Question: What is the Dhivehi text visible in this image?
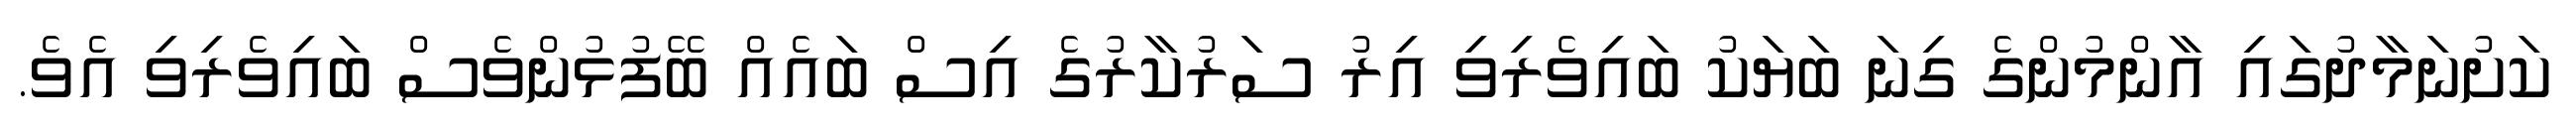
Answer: ކަށުނަމާދުގައި އާންމުންގެ ގިނަ ބަޔަކު ބައިވެރިވި އިރު ސަރުކާރުގެ އިސް ބައެއް ބޭފުޅުންވެސް ބައިވެރިވި އެވެ.